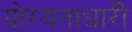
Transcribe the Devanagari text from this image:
योग्यताधारी